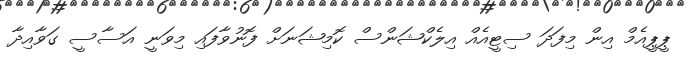
ޕީޕީއެމް އިން މިފަދަ ސިޓީއެއް އިލެކްޝަންސް ކޮމިޝަނަށް ފޮނުވާފައި މިވަނީ އަސާސީ ގަވާއިދާ